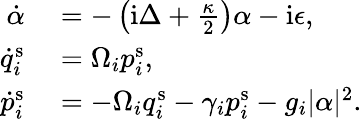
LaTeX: \begin{array}{rl}{\dot{\alpha}}&{{}=-\left(\mathrm{i}\Delta+\frac{\kappa}{2}\right)\alpha-\mathrm{i}\epsilon,}\\ {\dot{q}_{i}^{\mathrm{s}}}&{{}=\Omega_{i}p_{i}^{\mathrm{s}},}\\ {\dot{p}_{i}^{\mathrm{s}}}&{{}=-\Omega_{i}q_{i}^{\mathrm{s}}-\gamma_{i}p_{i}^{\mathrm{s}}-g_{i}|\alpha|^{2}.}\end{array}